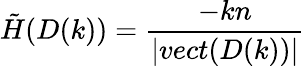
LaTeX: \tilde{H}(D(k))=\frac{-kn}{|vect(D(k))|}